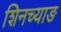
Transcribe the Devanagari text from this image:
शिनच्याङ